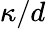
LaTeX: \kappa/d